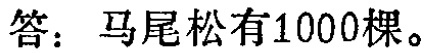
答：马尾松有1000棵。